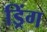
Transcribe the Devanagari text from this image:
ड्रिंग